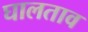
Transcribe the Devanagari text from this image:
घालताव